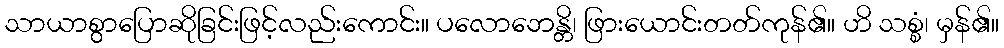
သာယာစွာပြောဆိုခြင်းဖြင့်လည်းကောင်း။ ပလောဘေန္တိ၊ ဖြားယောင်းတတ်ကုန်၏။ ဟိ သစ္စံ၊ မှန်၏။